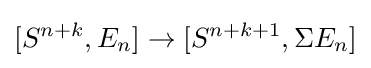
[S^{n+k},E_{n}]\to [S^{n+k+1},\Sigma E_{n}]